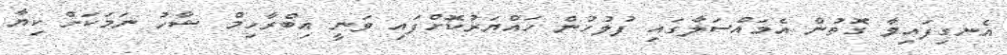
އެނގިފައިވާ ގޮތުން އެމައްސަލާގައި ފުލުހުން ހައްޔަރުކޮށްފައި ވަނީ އިބްރާހިމް ޝާހު ނަމަކަށް ކިޔާ